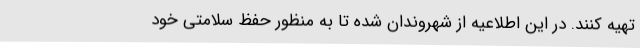
تهیه کنند. در این اطلاعیه از شهروندان شده تا به منظور حفظ سلامتی خود